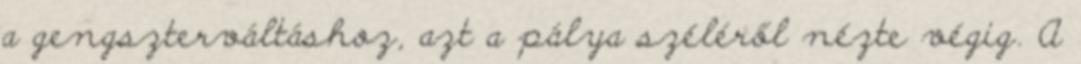
a gengszterváltáshoz, azt a pálya széléről nézte végig. A